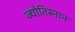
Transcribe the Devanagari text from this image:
ज्योतिस्नान